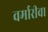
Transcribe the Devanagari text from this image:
वर्मारीवा